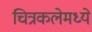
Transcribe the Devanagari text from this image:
चित्रकलेमध्ये